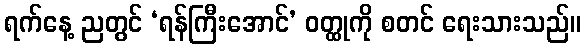
ရက်နေ့ ညတွင် ‘ရန်ကြီးအောင်’ ဝတ္ထုကို စတင် ရေးသားသည်။